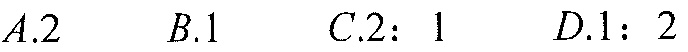
\(A.2\quad B.1\quad C.2:1\quad D.1:2\)